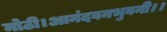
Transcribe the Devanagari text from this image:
मोठी।आनंदवनभुवनी।।